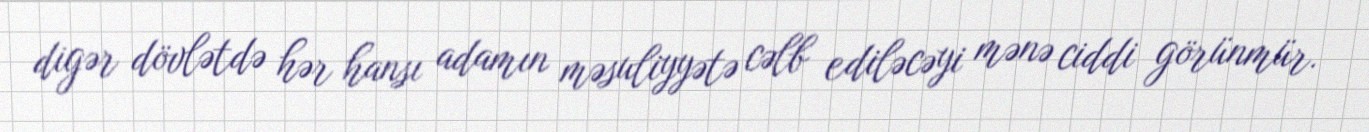
digər dövlətdə hər hansı adamın məsuliyyətə cəlb ediləcəyi mənə ciddi görünmür.